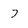
Character: 7